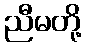
ညီမတို့